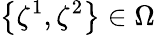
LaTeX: \bigl\{ \zeta^{1},\zeta^{2}\bigr\} \in\Omega